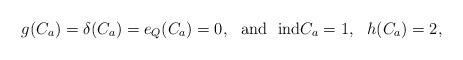
LaTeX: \begin{align*}g(C_a)=\delta(C_a)=e_Q(C_a)=0, \ \ \mbox{and} \ \ {\rm ind }C_a=1, \ \ h(C_a)=2,\end{align*}